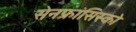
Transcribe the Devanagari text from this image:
सेनफ्रांसिस्को